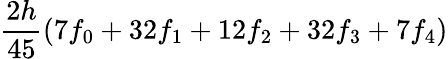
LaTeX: {\frac{2h}{45}}(7f_{0}+32f_{1}+12f_{2}+32f_{3}+7f_{4})